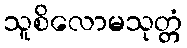
သူစိလောမသုတ္တံ